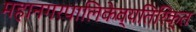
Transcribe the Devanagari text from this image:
महानगरपालिकेव्यतिरिक्त